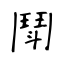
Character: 鬦